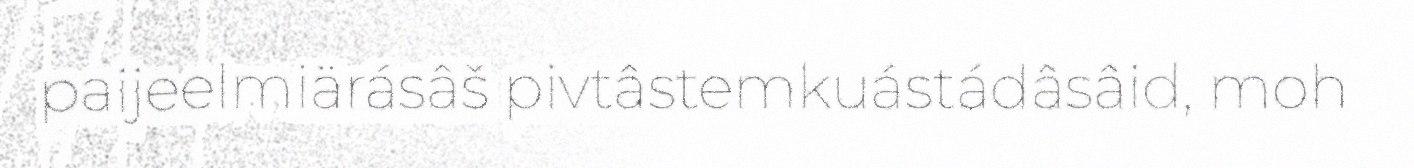
paijeelmiärásâš pivtâstemkuástádâsâid, moh